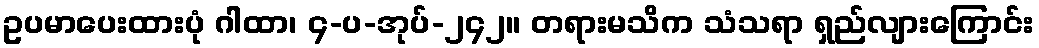
ဥပမာပေးထားပုံ ဂါထာ၊ ၄-ပ-အုပ်-၂၄၂။ တရားမသိက သံသရာ ရှည်လျားကြောင်း